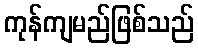
ကုန်ကျမည်ဖြစ်သည်